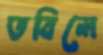
তবিলে